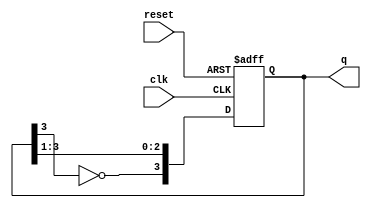
module johnson_counter (
    input wire clk,      // Clock signal
    input wire reset,    // Asynchronous reset
    output reg [3:0] q   // 4-bit output
);

    // Always block triggered on the rising edge of the clock or reset
    always @(posedge clk or posedge reset) begin
        if (reset) begin
            q <= 4'b0000; // Reset the counter to 0000
        end else begin
            // Johnson counter logic
            q <= {~q[3], q[3:1]}; // Shift and invert the last flip-flop's output
        end
    end

endmodule